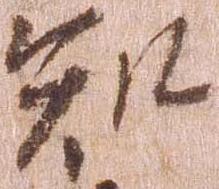
知